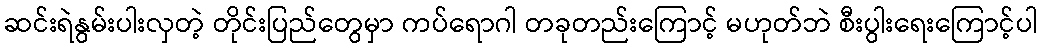
ဆင်းရဲနွမ်းပါးလှတဲ့ တိုင်းပြည်တွေမှာ ကပ်ရောဂါ တခုတည်းကြောင့် မဟုတ်ဘဲ စီးပွါးရေးကြောင့်ပါ